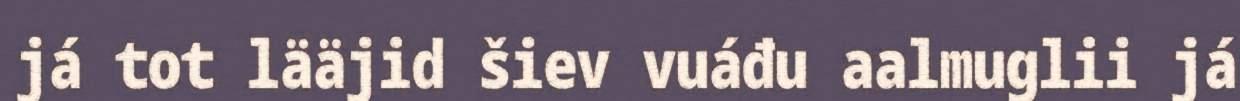
já tot lääjid šiev vuáđu aalmuglii já